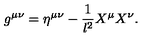
g ^ { \mu \nu } = \eta ^ { \mu \nu } - \frac { 1 } { l ^ { 2 } } X ^ { \mu } X ^ { \nu } .